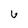
Character: 6